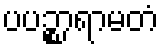
ပပဉ္စာရာမတံ